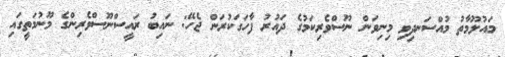
މައުލޫމާތު މުއްސަނދިވި މިނިވަން ނޫސްވެރިކަމުގެ ދައުރު ފާހަގަކުރަން ޖެހޭ: ނައިބު ރައީސްނޫސްވެރިންގެ މޫނުމަތީގައި